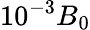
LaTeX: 10^{-3}B_{0}